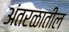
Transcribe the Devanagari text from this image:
अंतरळातील